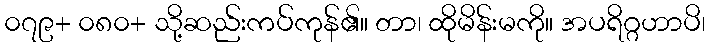
၀၇၉+ ၀၈၀+ သို့ဆည်းကပ်ကုန်၏။ တာ၊ ထိုမိန်းမကို။ အပရိဂ္ဂဟာပိ၊